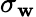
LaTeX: \sigma_{\mathbf{w}}